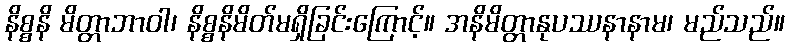
နိစ္စနိ မိတ္တာဘာဝါ၊ နိစ္စနိမိတ်မရှိခြင်းကြောင့်။ အနိမိတ္တာနုပဿနာနာမ၊ မည်သည်။